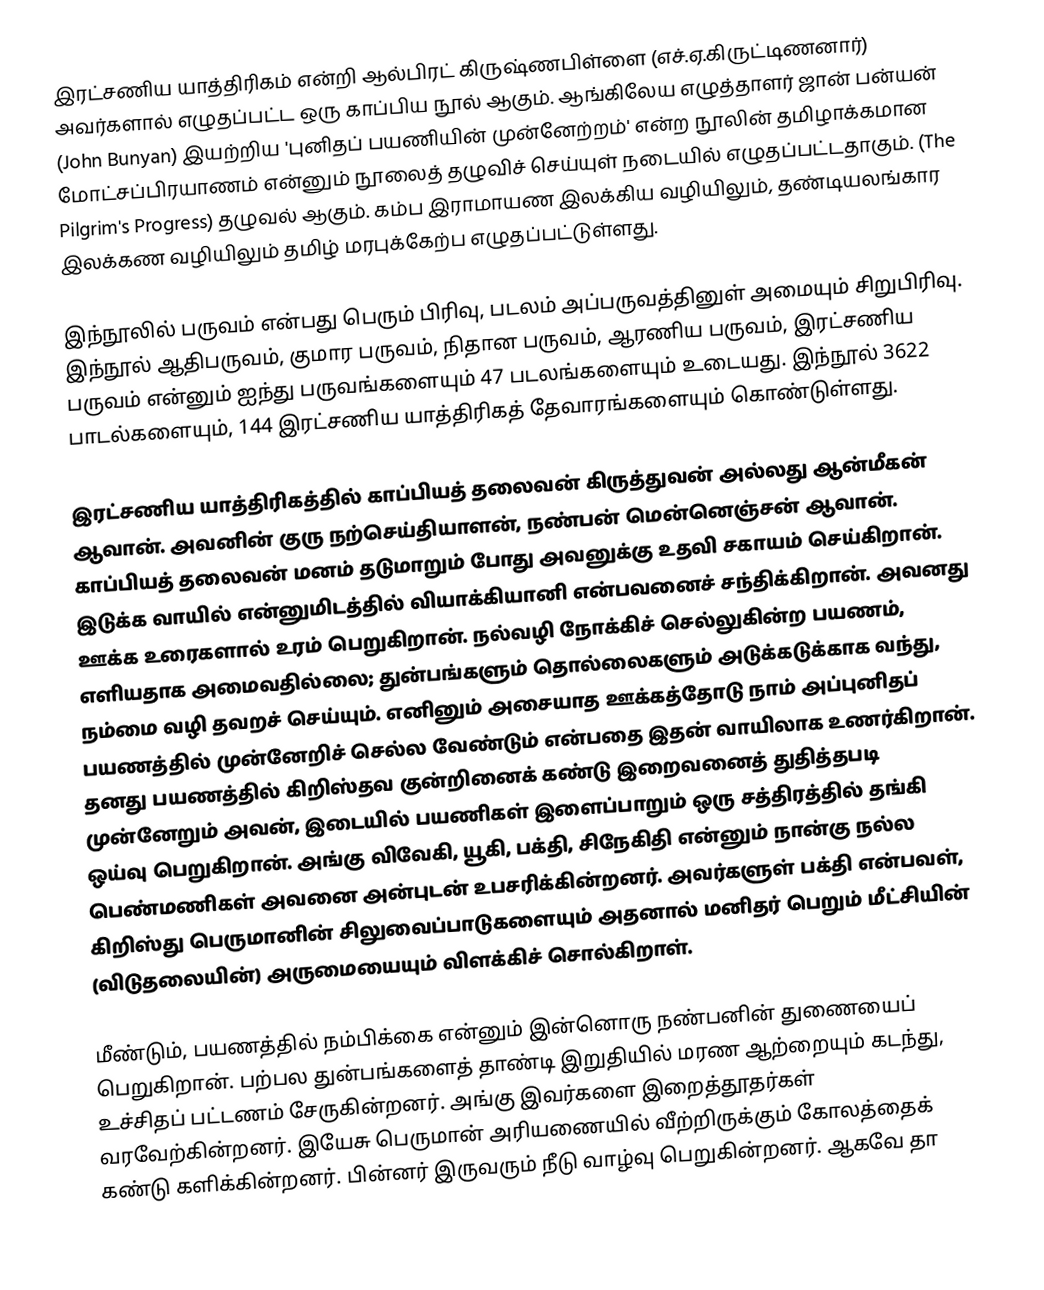
இரட்சணிய யாத்திரிகம் என்றி ஆல்பிரட் கிருஷ்ணபிள்ளை  (எச்.ஏ.கிருட்டிணனார்) அவர்களால் எழுதப்பட்ட ஒரு காப்பிய நூல் ஆகும். ஆங்கிலேய எழுத்தாளர் ஜான் பன்யன் (John Bunyan) இயற்றிய 'புனிதப் பயணியின்  முன்னேற்றம்' என்ற நூலின் தமிழாக்கமான மோட்சப்பிரயாணம் என்னும் நூலைத் தழுவிச் செய்யுள் நடையில் எழுதப்பட்டதாகும். (The Pilgrim's Progress) தழுவல் ஆகும்.  கம்ப இராமாயண இலக்கிய வழியிலும், தண்டியலங்கார இலக்கண வழியிலும் தமிழ் மரபுக்கேற்ப எழுதப்பட்டுள்ளது.

இந்நூலில் பருவம் என்பது பெரும் பிரிவு, படலம் அப்பருவத்தினுள் அமையும் சிறுபிரிவு. இந்நூல் ஆதிபருவம், குமார பருவம், நிதான பருவம், ஆரணிய பருவம், இரட்சணிய  பருவம் என்னும் ஐந்து பருவங்களையும் 47 படலங்களையும் உடையது. இந்நூல் 3622 பாடல்களையும், 144 இரட்சணிய யாத்திரிகத் தேவாரங்களையும் கொண்டுள்ளது.

இரட்சணிய யாத்திரிகத்தில் காப்பியத் தலைவன் கிருத்துவன் அல்லது ஆன்மீகன் ஆவான். அவனின் குரு நற்செய்தியாளன், நண்பன் மென்னெஞ்சன் ஆவான். காப்பியத் தலைவன் மனம் தடுமாறும் போது அவனுக்கு உதவி  சகாயம் செய்கிறான். இடுக்க வாயில் என்னுமிடத்தில் வியாக்கியானி என்பவனைச் சந்திக்கிறான். அவனது ஊக்க உரைகளால் உரம் பெறுகிறான். நல்வழி நோக்கிச் செல்லுகின்ற பயணம், எளியதாக அமைவதில்லை; துன்பங்களும் தொல்லைகளும் அடுக்கடுக்காக வந்து, நம்மை வழி தவறச் செய்யும். எனினும் அசையாத ஊக்கத்தோடு நாம் அப்புனிதப் பயணத்தில் முன்னேறிச் செல்ல வேண்டும் என்பதை இதன் வாயிலாக உணர்கிறான். தனது பயணத்தில்  கிறிஸ்தவ குன்றினைக்  கண்டு இறைவனைத் துதித்தபடி முன்னேறும் அவன், இடையில் பயணிகள் இளைப்பாறும் ஒரு சத்திரத்தில் தங்கி ஒய்வு பெறுகிறான். அங்கு விவேகி, யூகி, பக்தி, சிநேகிதி என்னும் நான்கு நல்ல பெண்மணிகள் அவனை அன்புடன் உபசரிக்கின்றனர். அவர்களுள் பக்தி என்பவள், கிறிஸ்து பெருமானின் சிலுவைப்பாடுகளையும் அதனால் மனிதர் பெறும் மீட்சியின் (விடுதலையின்) அருமையையும் விளக்கிச் சொல்கிறாள்.

மீண்டும், பயணத்தில் நம்பிக்கை என்னும் இன்னொரு நண்பனின் துணையைப் பெறுகிறான். பற்பல துன்பங்களைத் தாண்டி இறுதியில் மரண ஆற்றையும் கடந்து, உச்சிதப் பட்டணம் சேருகின்றனர். அங்கு இவர்களை இறைத்தூதர்கள் வரவேற்கின்றனர். இயேசு பெருமான் அரியணையில் வீற்றிருக்கும் கோலத்தைக் கண்டு களிக்கின்றனர். பின்னர் இருவரும் நீடு வாழ்வு பெறுகின்றனர். ஆகவே தா